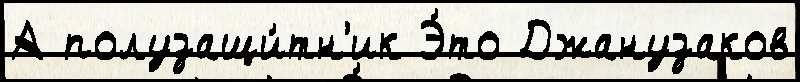
А полузащи́тн'ик Э́то Джанузаков